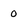
Character: 0